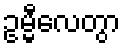
ဥမ္မီလေတွာ